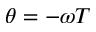
\theta = - \omega T